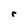
Character: r